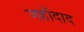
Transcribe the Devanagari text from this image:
जहाँदाद